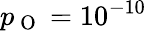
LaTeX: p_{\mathrm{~O~}}=10^{-10}